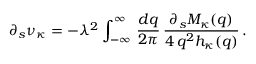
\partial _ { s } \nu _ { \kappa } = - \lambda ^ { 2 } \int _ { - \infty } ^ { \infty } \, \frac { d q } { 2 \pi } \, \frac { \partial _ { s } M _ { \kappa } ( q ) } { 4 \, q ^ { 2 } h _ { \kappa } ( q ) } \, .